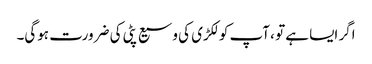
اگر ایسا ہے تو ، آپ کو لکڑی کی وسیع پٹی کی ضرورت ہوگی۔